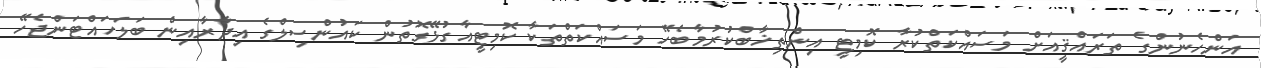
އަންހެނުންގެ ތަރައްޤީއަށް މަސައްކަތްކުރާ ކޮމިޓީ އިންތިޚާބްކުރުމާބެހޭ މަސައްކަތްތަކާ ކޮމިޓީއާގުޅޭގޮތުން ކައުންސިލްގެ އިދާރާއިން ބަލަހައްޓަންޖެހޭ